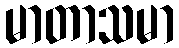
မာတာသမာ